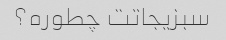
سبزیجاتت چطوره؟